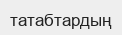
татабтардың